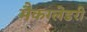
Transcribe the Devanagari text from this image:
मैकग्लेडरी